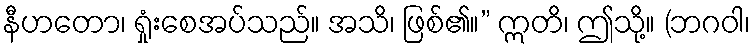
နီဟတော၊ ရှုံးစေအပ်သည်။ အသိ၊ ဖြစ်၏။” ဣတိ၊ ဤသို့။ (ဘဂဝါ၊